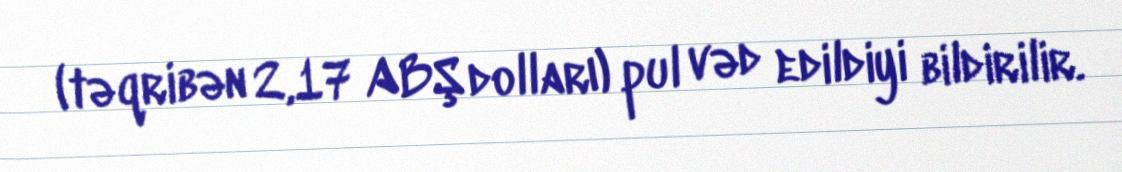
(təqribən 2,17 ABŞ dolları) pul vəd edildiyi bildirilir.